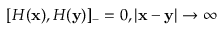
[ { \cal H } ( { \bf x } ) , { \cal H } ( { \bf y } ) ] _ { - } = 0 , | { \bf x } - { \bf y } | \rightarrow \infty